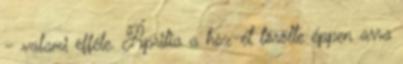
- valami efféle. Áprilia a hsz-ét törölte éppen arra